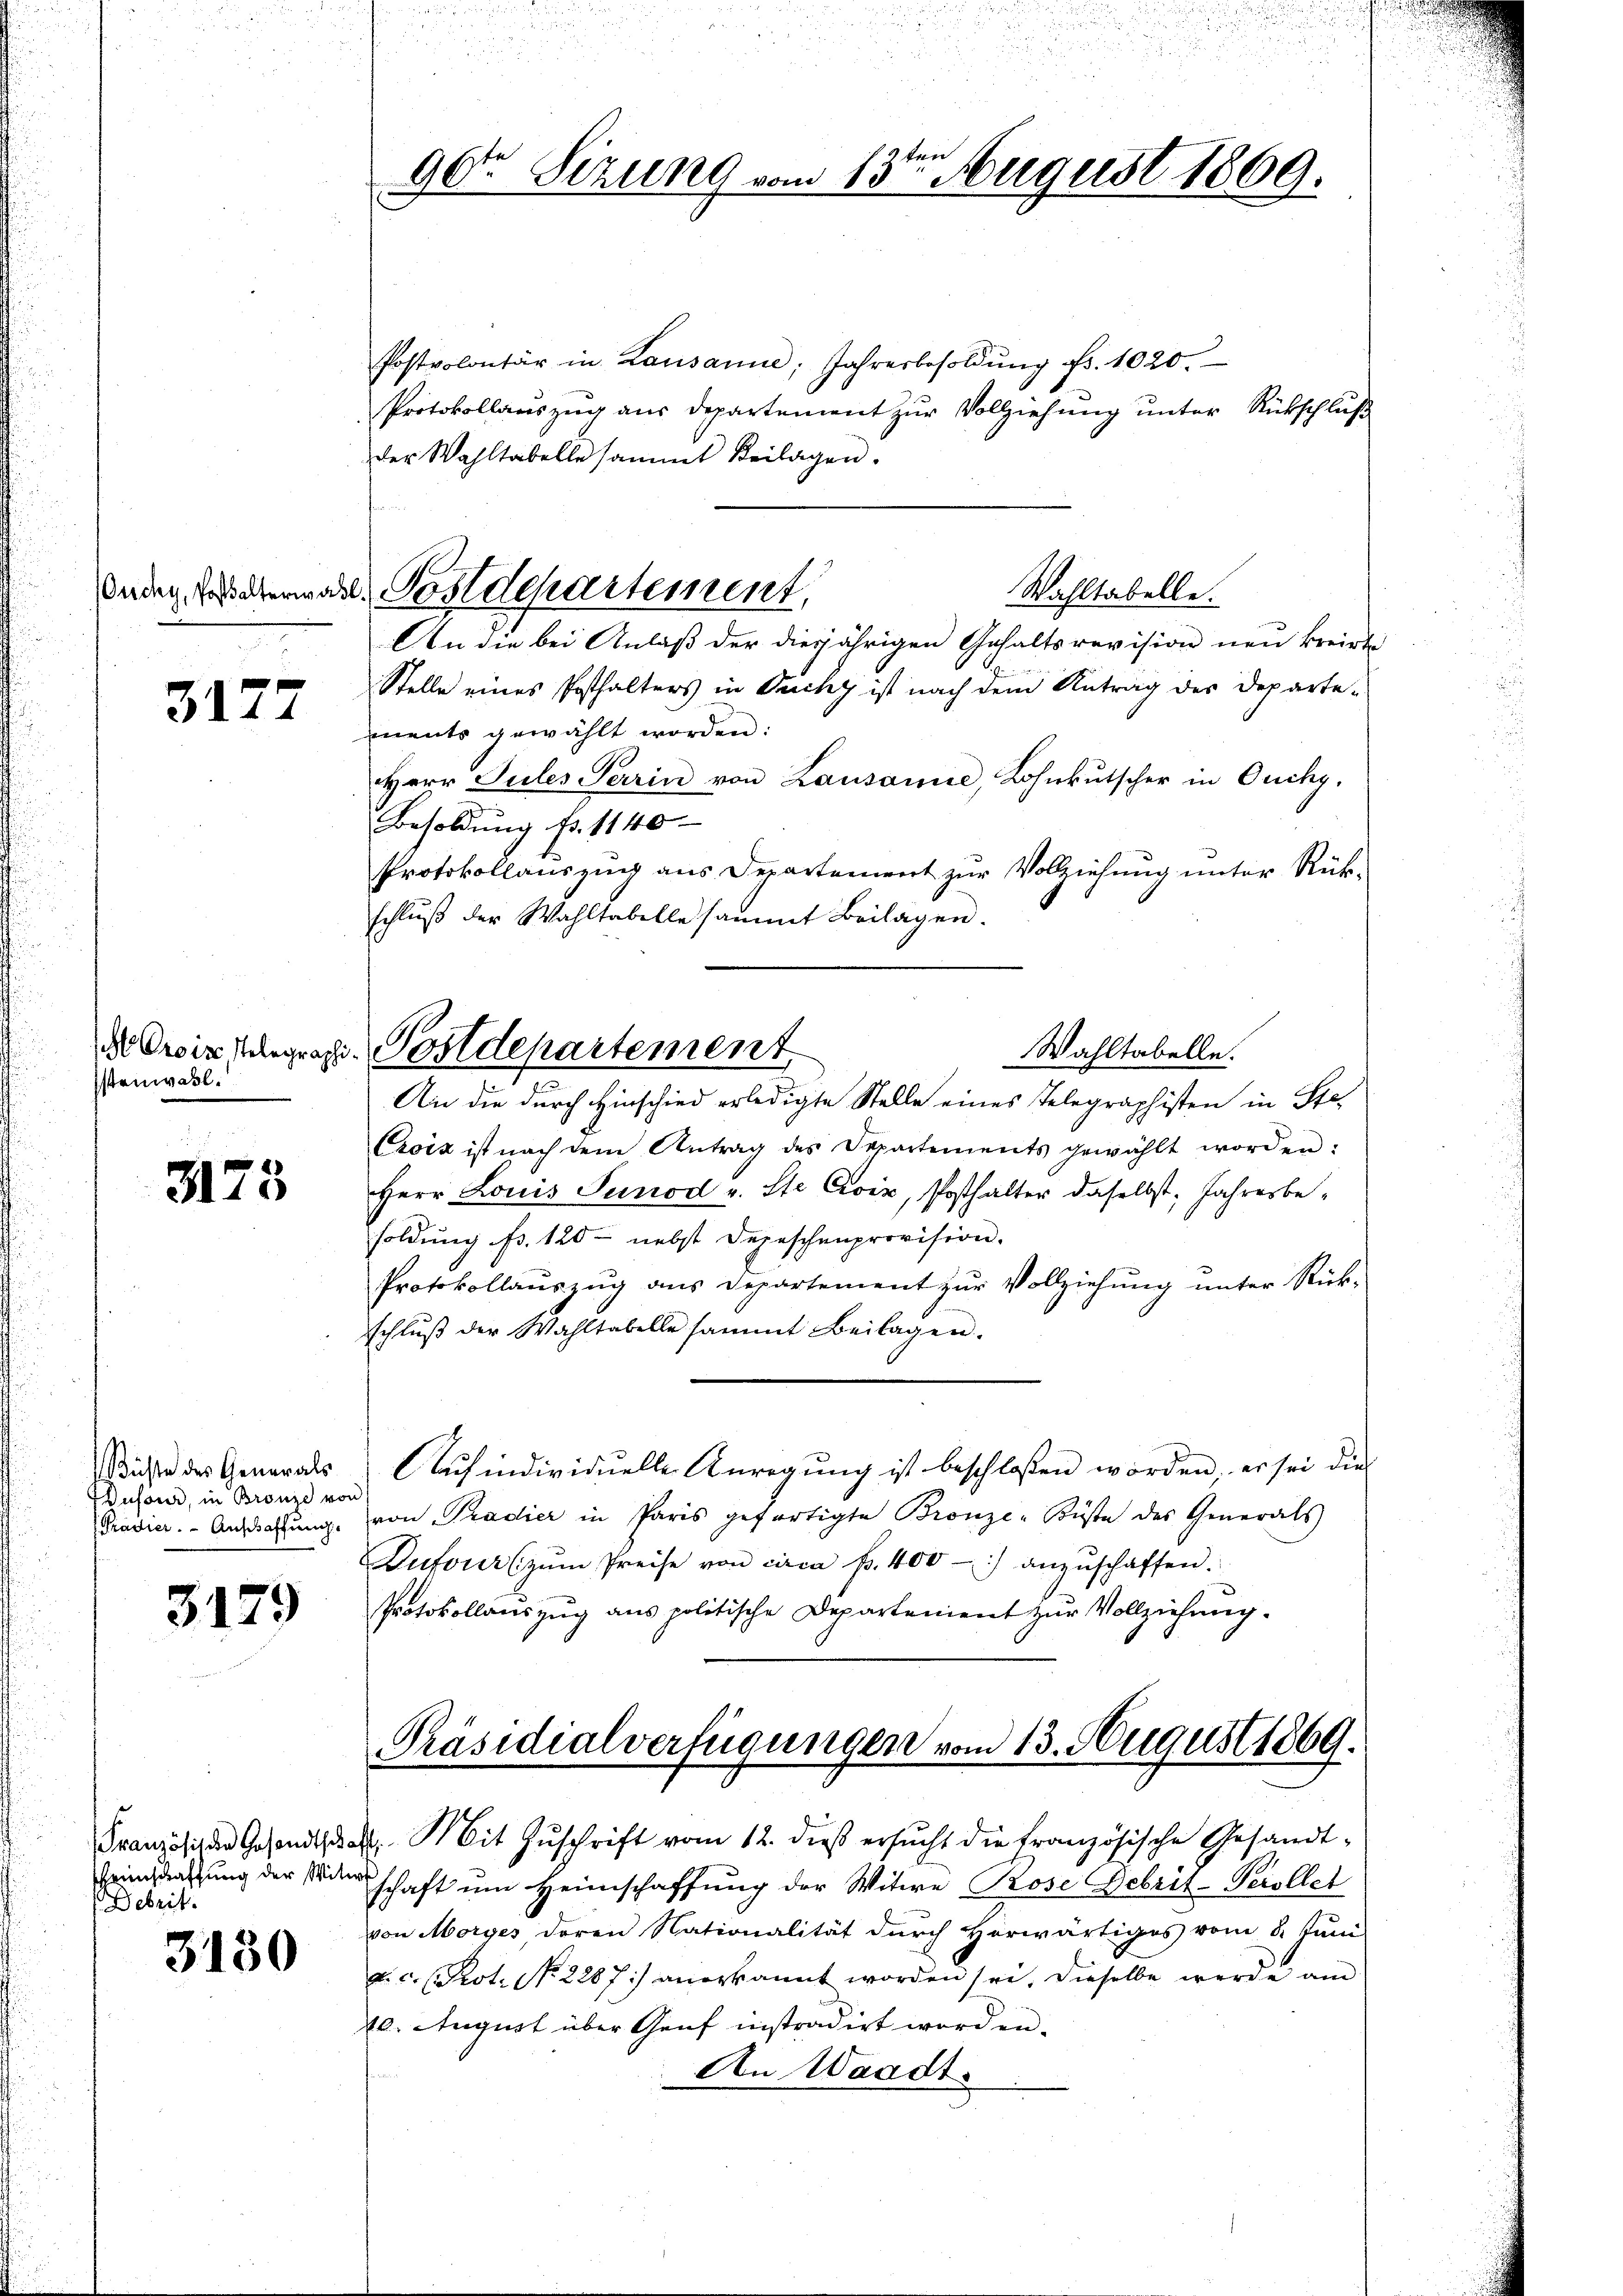
3177

stenwahl.

Dufour, in Bronze von

Debrit.

3150

Postvolontär in Lausanne, Jahresbesoldŭng fr. 1020.
Protokollaŭszŭg aŭs departement zŭr Vollziehŭng ŭnter Rückschlŭβ
der Wahltabelle sammt Beilagen.
Wahltabelle.
An die bei Anlaß der diesjährigen Gehaltsrevision neu kreiste
Stelle eines Posthalters in Duchy ist nach dem Antrag des Departe-
ments gewählt worden:
Herr Sules Perrin von Lausanne, Lohnkutscher in Ouchy.
Besoldung fr. 1140
Protokollauszug aus Departement zur Vollziehung unter Rückschlŭβ der Wahltabelle sammt Beilagen.
AOrois stelegrap. Postdepartement
Wahltabelle.
An die durch Hinschied erledigte Stelle eines Telegraphisten in Ste
Croix ist nach dem Antrag des Departements gewählt worden:
1 Herr Louis Sunod v. Ste Croix, Posthalter daselbst, Jahresbe-
soldung fr. 120 - nebst Depeschenprovision.
Protokollauszug aus Departement zur Vollziehung unter Rück-
schlŭβ der Wahltabelle sammt Beilagen.
iße des Generals Aŭfindividuelle Anregŭng ist beschlossen worden, er sei die
Gradier. - Andachtŭng von Pradier in Paris gefertigte Bronze-Küste des Generals
Dufour (zŭm Preise von circa f. 400 anzŭschaffen.
313 Protokollaŭszŭg aŭs politische Departement zŭr Vollziehŭng.

96te Sizung vom 13ten August 1869.

Bonder, Fasterwart, Postdepartement,

Präsidialverfügungen vom 13. August 1869.

Französische Gesandtschaft, Mit Zŭschrift vom 12. dieβ ersŭcht die französische Gesandt-
Feindratŭng der Vorschaft ŭm Heimschaffŭng der Witwe Rose Debrit-Perollet
von Morges deren Nationalität durch Herwärtiges vom 8. Juni
.c. (Prot. No. 2287) anerkannt worden sei, dieselbe werde am
40. August über Genf instradirt worden.
An Waadt.

u